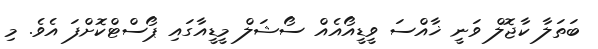
ބަތަލާ ކާޖޮލް ވަނީ ޚާއްސަ ވީޑީއޯއެއް ސޯޝަލް މީޑީއާގައި ޕޯސްޓްކޮށްފަ އެވެ. މި